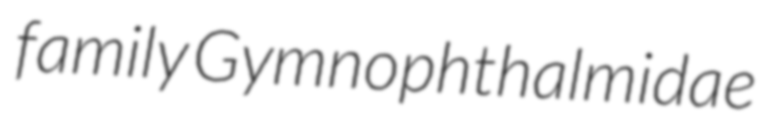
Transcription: family Gymnophthalmidae